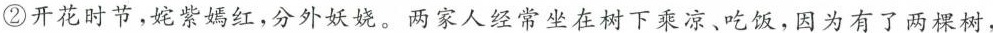
②开花时节，姹紫嫣红，分外妖娆。两家人经常坐在树下乘凉、吃饭，因为有了两棵树，